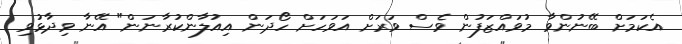
އެކަމަށް ބޭނުންވާ މުވައްޒަފުން ވެސް ވަރަށް އަވަހަށް ހޯދަން އިއުލާންކުރާނަން" އޭނާ ވިދާޅުވި